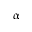
\upalpha